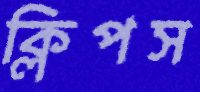
ক্লিপস